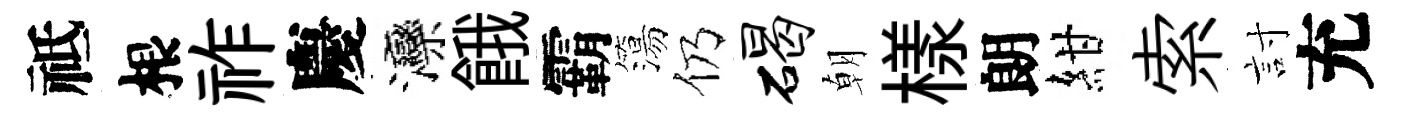
祗根祚慶灤餓霸簜仍碣朝樣朗紺索討充